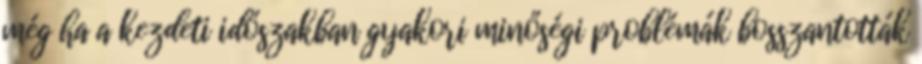
még ha a kezdeti időszakban gyakori minőségi problémák bosszantották